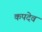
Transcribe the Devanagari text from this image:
कपदेव